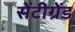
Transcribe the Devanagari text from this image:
सेंटीग्रेंड